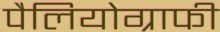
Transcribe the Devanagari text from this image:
पैलियोग्राफी